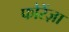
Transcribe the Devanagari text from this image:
फोरेंज़ा